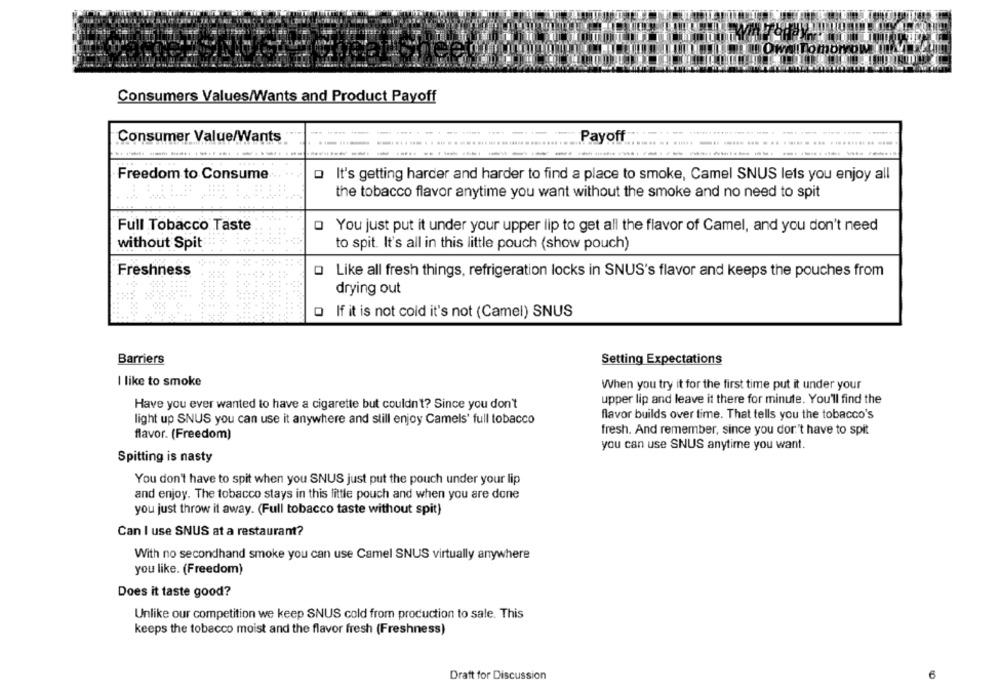
Tomorrow
Consumers Values/Wants and Product Payoff
Consumer Value/Wants
Payoff
Freedom to Consume
o It's getting harder and harder to find a place to smoke, Camel SNUS lets you enjoy all
the tobacco flavor anytime you want without the smoke and no need to spit
Full Tobacco Taste
o You just put it under your upper lip to get all the flavor of Camel, and you don't need
without Spit
to spit. It's all in this little pouch (show pouch)
Freshness
O Like all fresh things, refrigeration locks in SNUS's flavor and keeps the pouches from
drying out
O If it is not cold it's not (Camel) SNUS
Barriers
Setting Expectations
I like to smoke
When you try it for the first time put it under your
upper lip and leave it there for minute. You'll find the
Have you ever wanted to have a cigarette but couldn't? Since you don't
flavor builds over time. That tells you the tobacco's
light up SNUS you can use it anywhere and still enjoy Camels' full tobacco
flavor. (Freedom)
fresh. And remember, since you don't have to spit
you can use SNUS anytime you want.
Spitting is nasty
You don't have to spit when you SNUS just put the pouch under your lip
and enjoy. The tobacco stays in this little pouch and when you are done
you just throw it away. (Full tobacco taste without spit)
Can I use SNUS at a restaurant?
With no secondhand smoke you can use Camel SNUS virtually anywhere
you like. (Freedom)
Does it taste good?
Unlike our competition we keep SNUS cold from production to sale. This
keeps the tobacco moist and the flavor fresh (Freshness)
Draft for Discussion
6